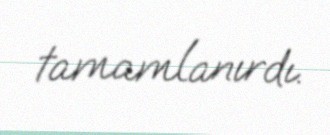
tamamlanırdı.